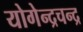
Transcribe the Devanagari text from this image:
योगेन्द्रचन्द्र